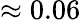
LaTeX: \approx 0.06